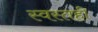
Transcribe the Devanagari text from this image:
स्वस्तही